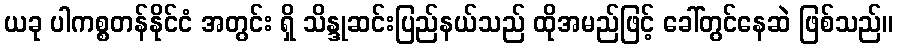
ယခု ပါကစ္စတန်နိုင်ငံ အတွင်း ရှိ သိန္ဒုဆင်းပြည်နယ်သည် ထိုအမည်ဖြင့် ခေါ်တွင်နေဆဲ ဖြစ်သည်။